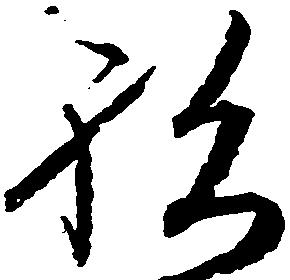
祝